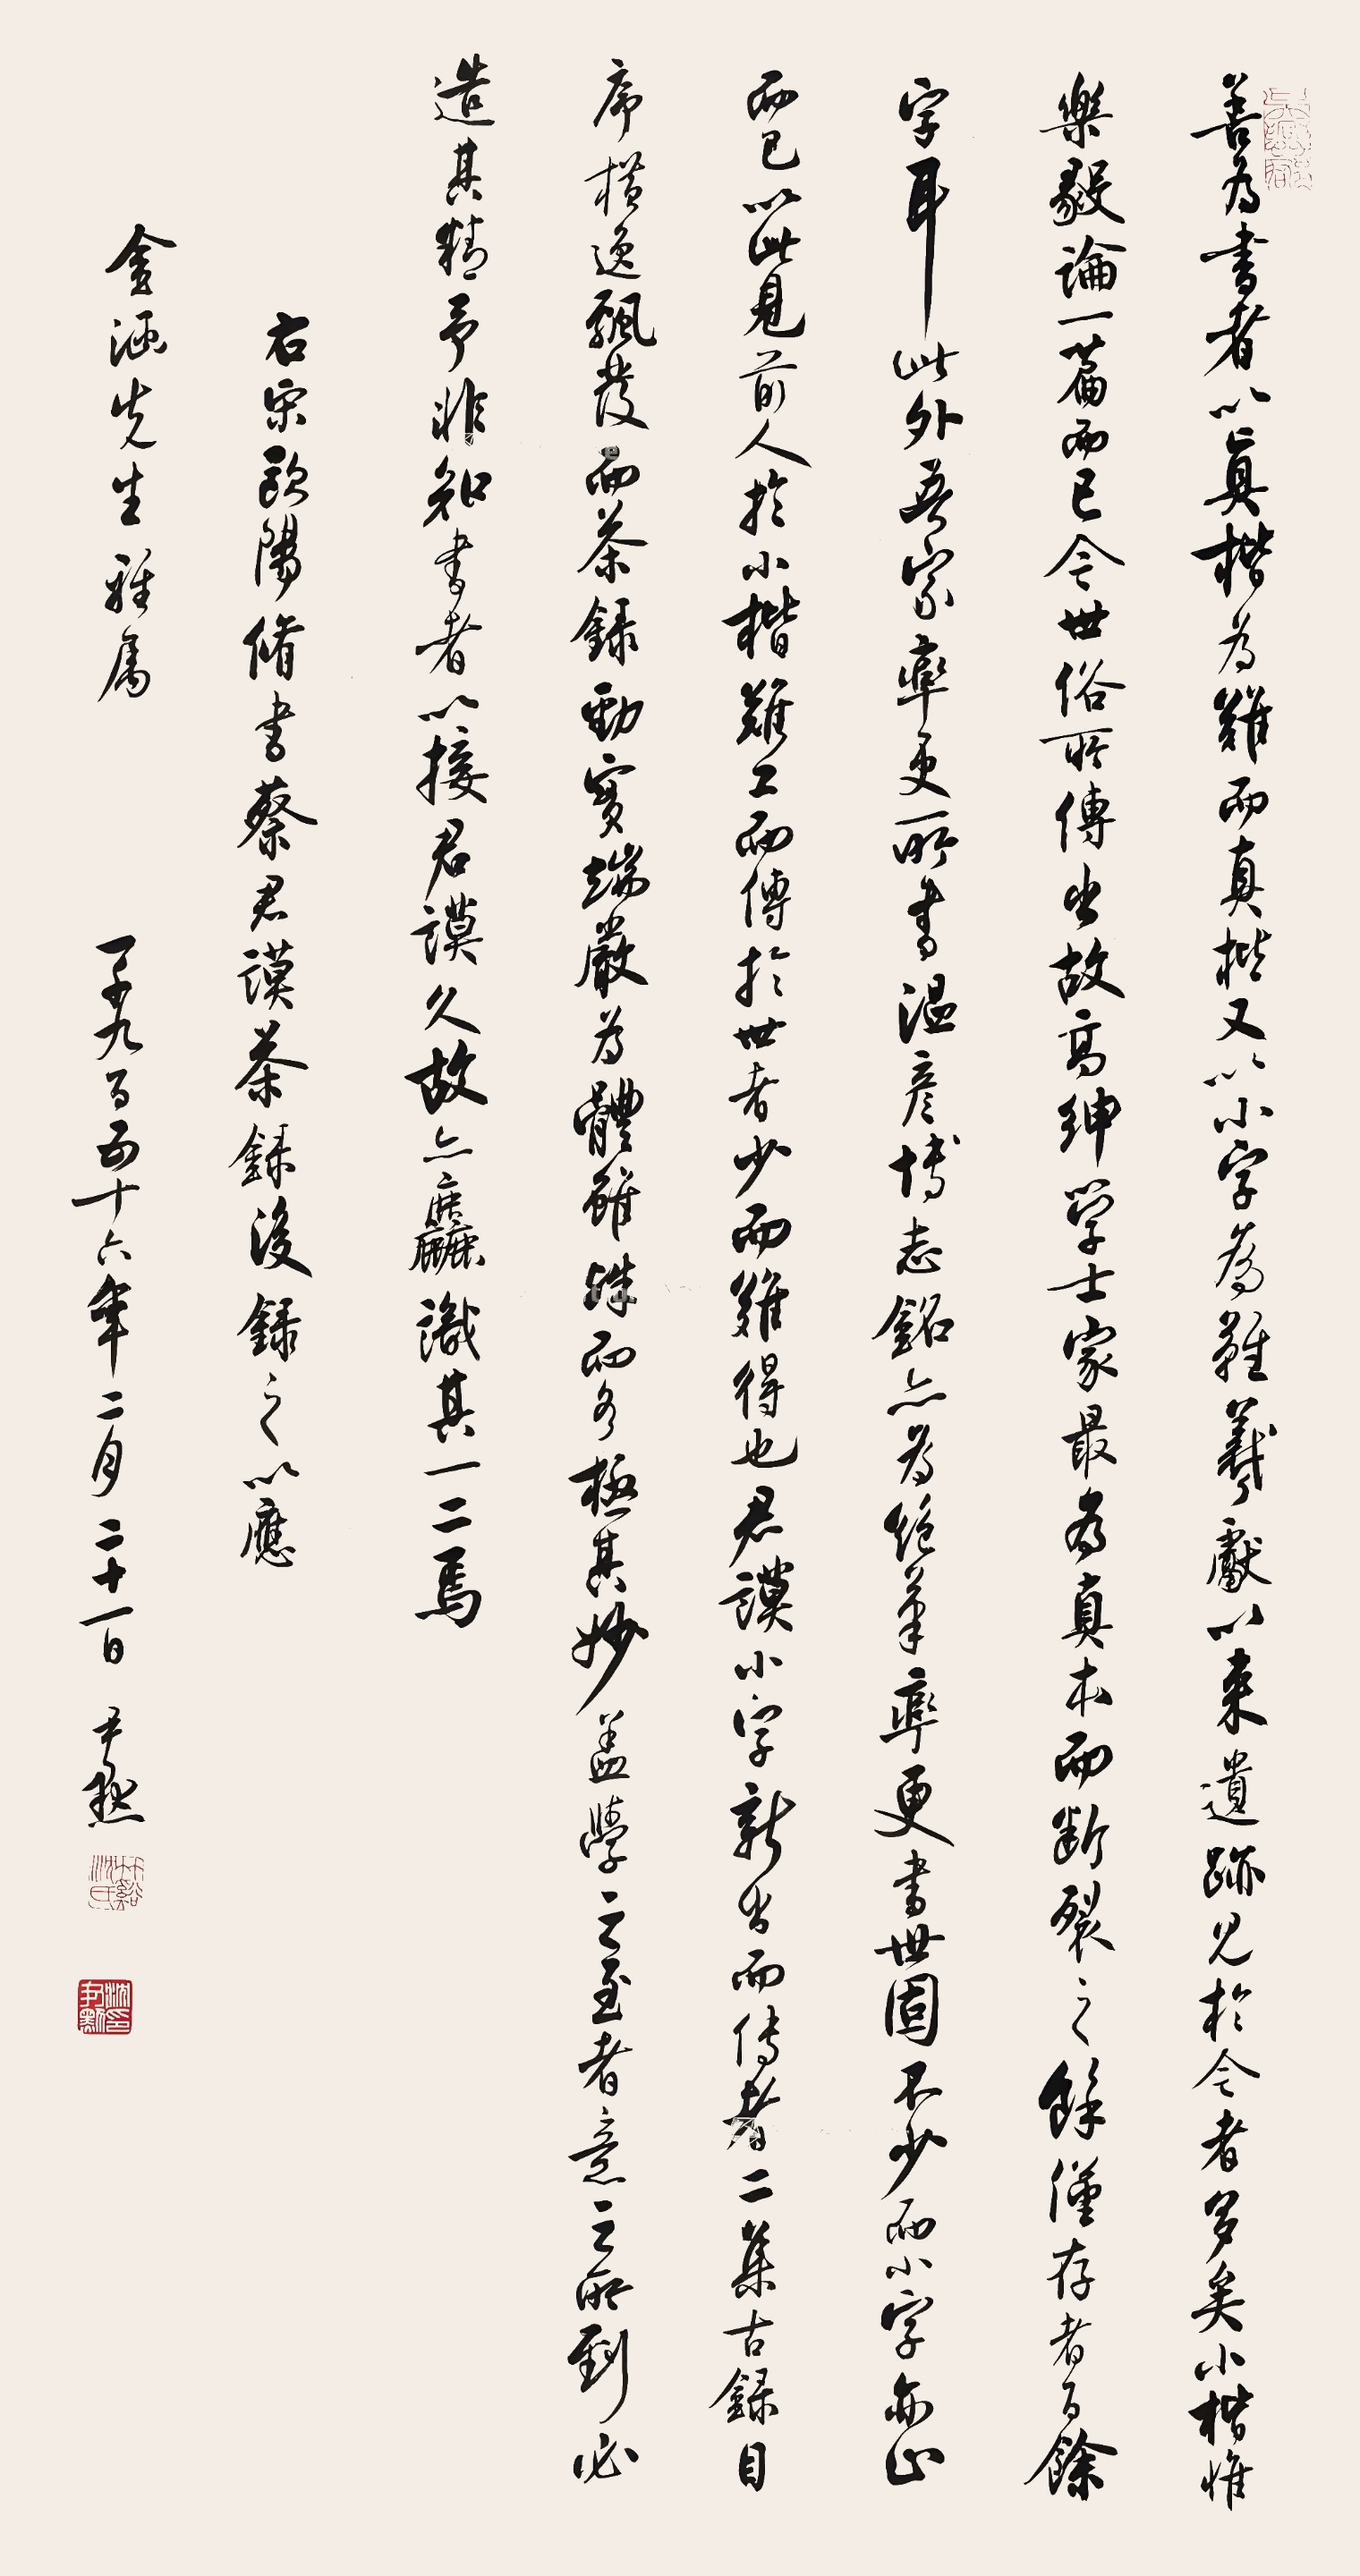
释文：善为书者以真楷为难，而真楷又以小字为难。羲、献以来遗迹见于今者多矣，小楷惟《乐毅论》一篇而已。今世俗所传，出故高绅学士家最为真本，而断裂之余，仅存者百余字尔。此外吾家率更所书《温彦博墓铭》，亦为绝笔。率更书世固不少，而小字亦止此而已，以此见前人于小楷难工，而传于世者少而难得也。君谟小字新出而传者二，《集古录目序》横逸飘发，而《茶录》劲实端严，为体虽殊，而各极其妙。盖学之至者，意之所到必造其精。予非知书者，以接君谟之论久，故亦粗识其一二焉。右宋欧阳修书蔡君谟茶录后录之以应金涵先生雅属，一千九百五十六年二月二十一日，尹默。